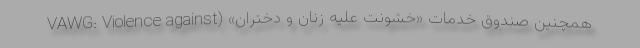
همچنین صندوق خدمات «خشونت علیه زنان و دختران» (VAWG: Violence against